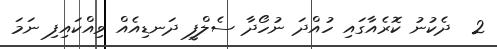
2  ދެކުނު ކޮރެއާގައި ހުއްދަ ނުހޯދާ ސެލްފީ ދަނޑިއެއް ވިއްކައިފި ނަމަ